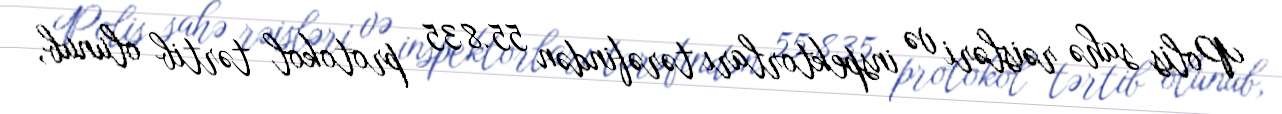
Polis sahə rəisləri və inspektorları tərəfindən 55.835 protokol tərtib olunub,